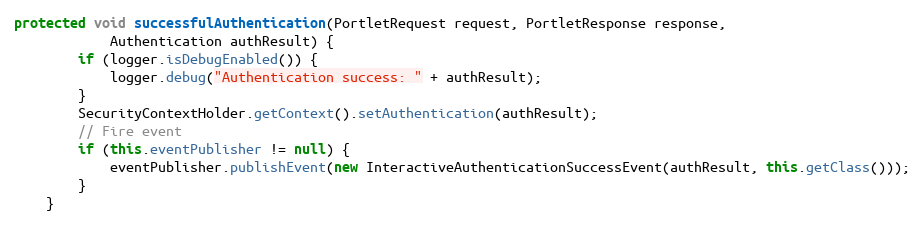
Language: Java
protected void successfulAuthentication(PortletRequest request, PortletResponse response,
            Authentication authResult) {
        if (logger.isDebugEnabled()) {
            logger.debug("Authentication success: " + authResult);
        }
        SecurityContextHolder.getContext().setAuthentication(authResult);
        // Fire event
        if (this.eventPublisher != null) {
            eventPublisher.publishEvent(new InteractiveAuthenticationSuccessEvent(authResult, this.getClass()));
        }
    }